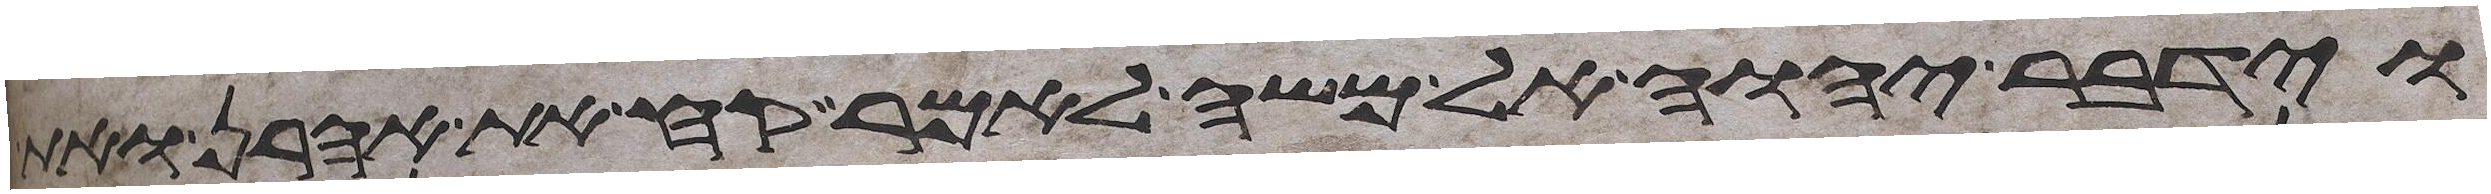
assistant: וידבר יהוה אל משה לאמר קח את אהרן ואת